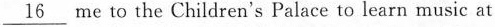
\underline{16} me to the Children's Palace to learn music at